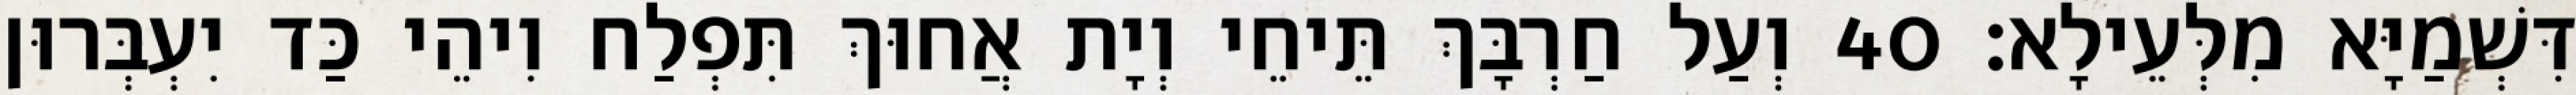
דִּשְׁמַיָּא מִלְּעֵילָא׃ 40 וְעַל חַרְבָּךְ תֵּיחֵי וְיָת אֲחוּךְ תִּפְלַח וִיהֵי כַּד יִעְבְּרוּן